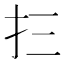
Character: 𰒼